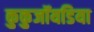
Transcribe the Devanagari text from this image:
कुकुजॉयडिया